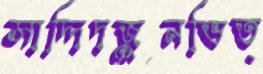
সাদ্দিদজুনভিত্